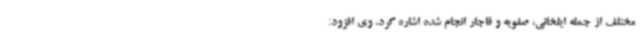
مختلف از جمله ایلخانی، صفویه و قاجار انجام شده اشاره کرد. وی افزود: